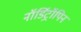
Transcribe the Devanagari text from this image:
नॉर्डिट्रॉपिन